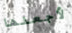
لأجعلها